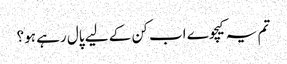
تم یہ کیچوے اب کن کے لیے پال رہے ہو؟